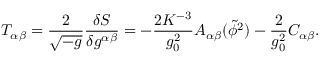
T _ { \alpha \beta } = \frac { 2 } { { \sqrt { - g } } } \frac { { \delta S } } { { \delta g ^ { \alpha \beta } } } = - \frac { 2 K ^ { - 3 } } { { g _ { 0 } ^ { 2 } } } A _ { \alpha \beta } ( \widetilde \phi ^ { 2 } ) - \frac { 2 } { g _ { 0 } ^ { 2 } } C _ { \alpha \beta } .